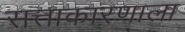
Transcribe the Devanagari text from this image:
सत्ताकारणाला